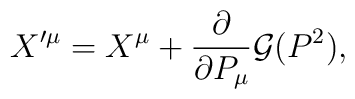
X^{\prime\mu} = X^{\mu} + {\frac{\partial}{\partial P_{\mu}}} {\cal G}(P^2),